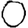
Digit: 0